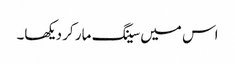
اس میں سینگ مار کر دیکھا۔